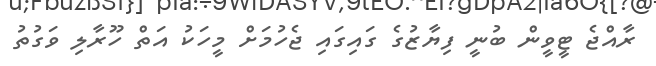
ރާއްޖެ ޓީވީން ބުނީ ފިޔާޒުގެ ގައިގައި ޖެހުމަށް މީހަކު އަތް ހޫރާލި ވަގުތު